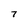
Character: 7